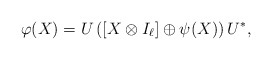
\begin{align*}\varphi(X) = U\left([X\otimes I_\ell]\oplus\psi(X)\right)U^*,\end{align*}